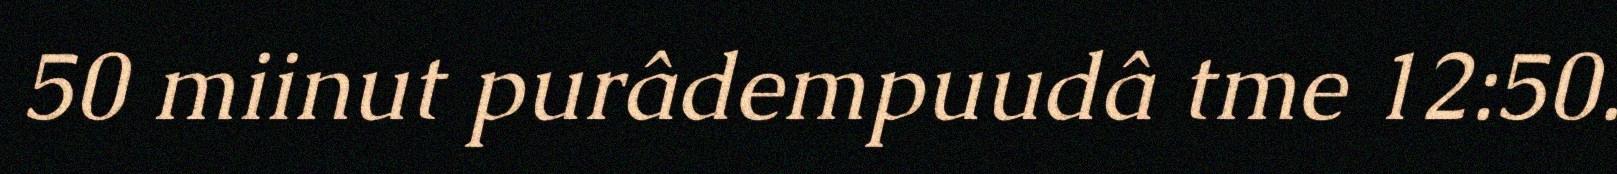
50 miinut purâdempuudâ tme 12:50.